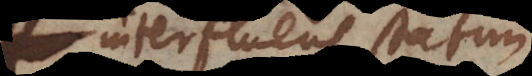
interfluens statim